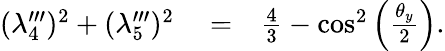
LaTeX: \begin{array}{rlr}{(\lambda_{4}^{\prime\prime\prime})^{2}+(\lambda_{5}^{\prime\prime\prime})^{2}}&{{}=}&{\frac{4}{3}-\cos^{2}\left(\frac{\theta_{y}}{2}\right).}\end{array}